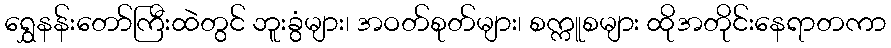
ရွှေနန်းတော်ကြီးထဲတွင် ဘူးခွံများ၊ အဝတ်စုတ်များ၊ စက္ကူစများ ထိုအတိုင်းနေရာတကာ